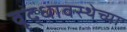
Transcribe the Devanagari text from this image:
वृद्धावस्थेच्या